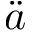
\ddot { a }